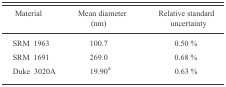
| Material | Mean diameter (nm) | Relative standard uncertainty |
 | --- | --- | --- |
 | SRM 1963 | 100.7 | 0.50 % |
 | SRM 1691 | 269.0 | 0.68 % |
 | Duke 3020A | 19.90a | 0.63 % |